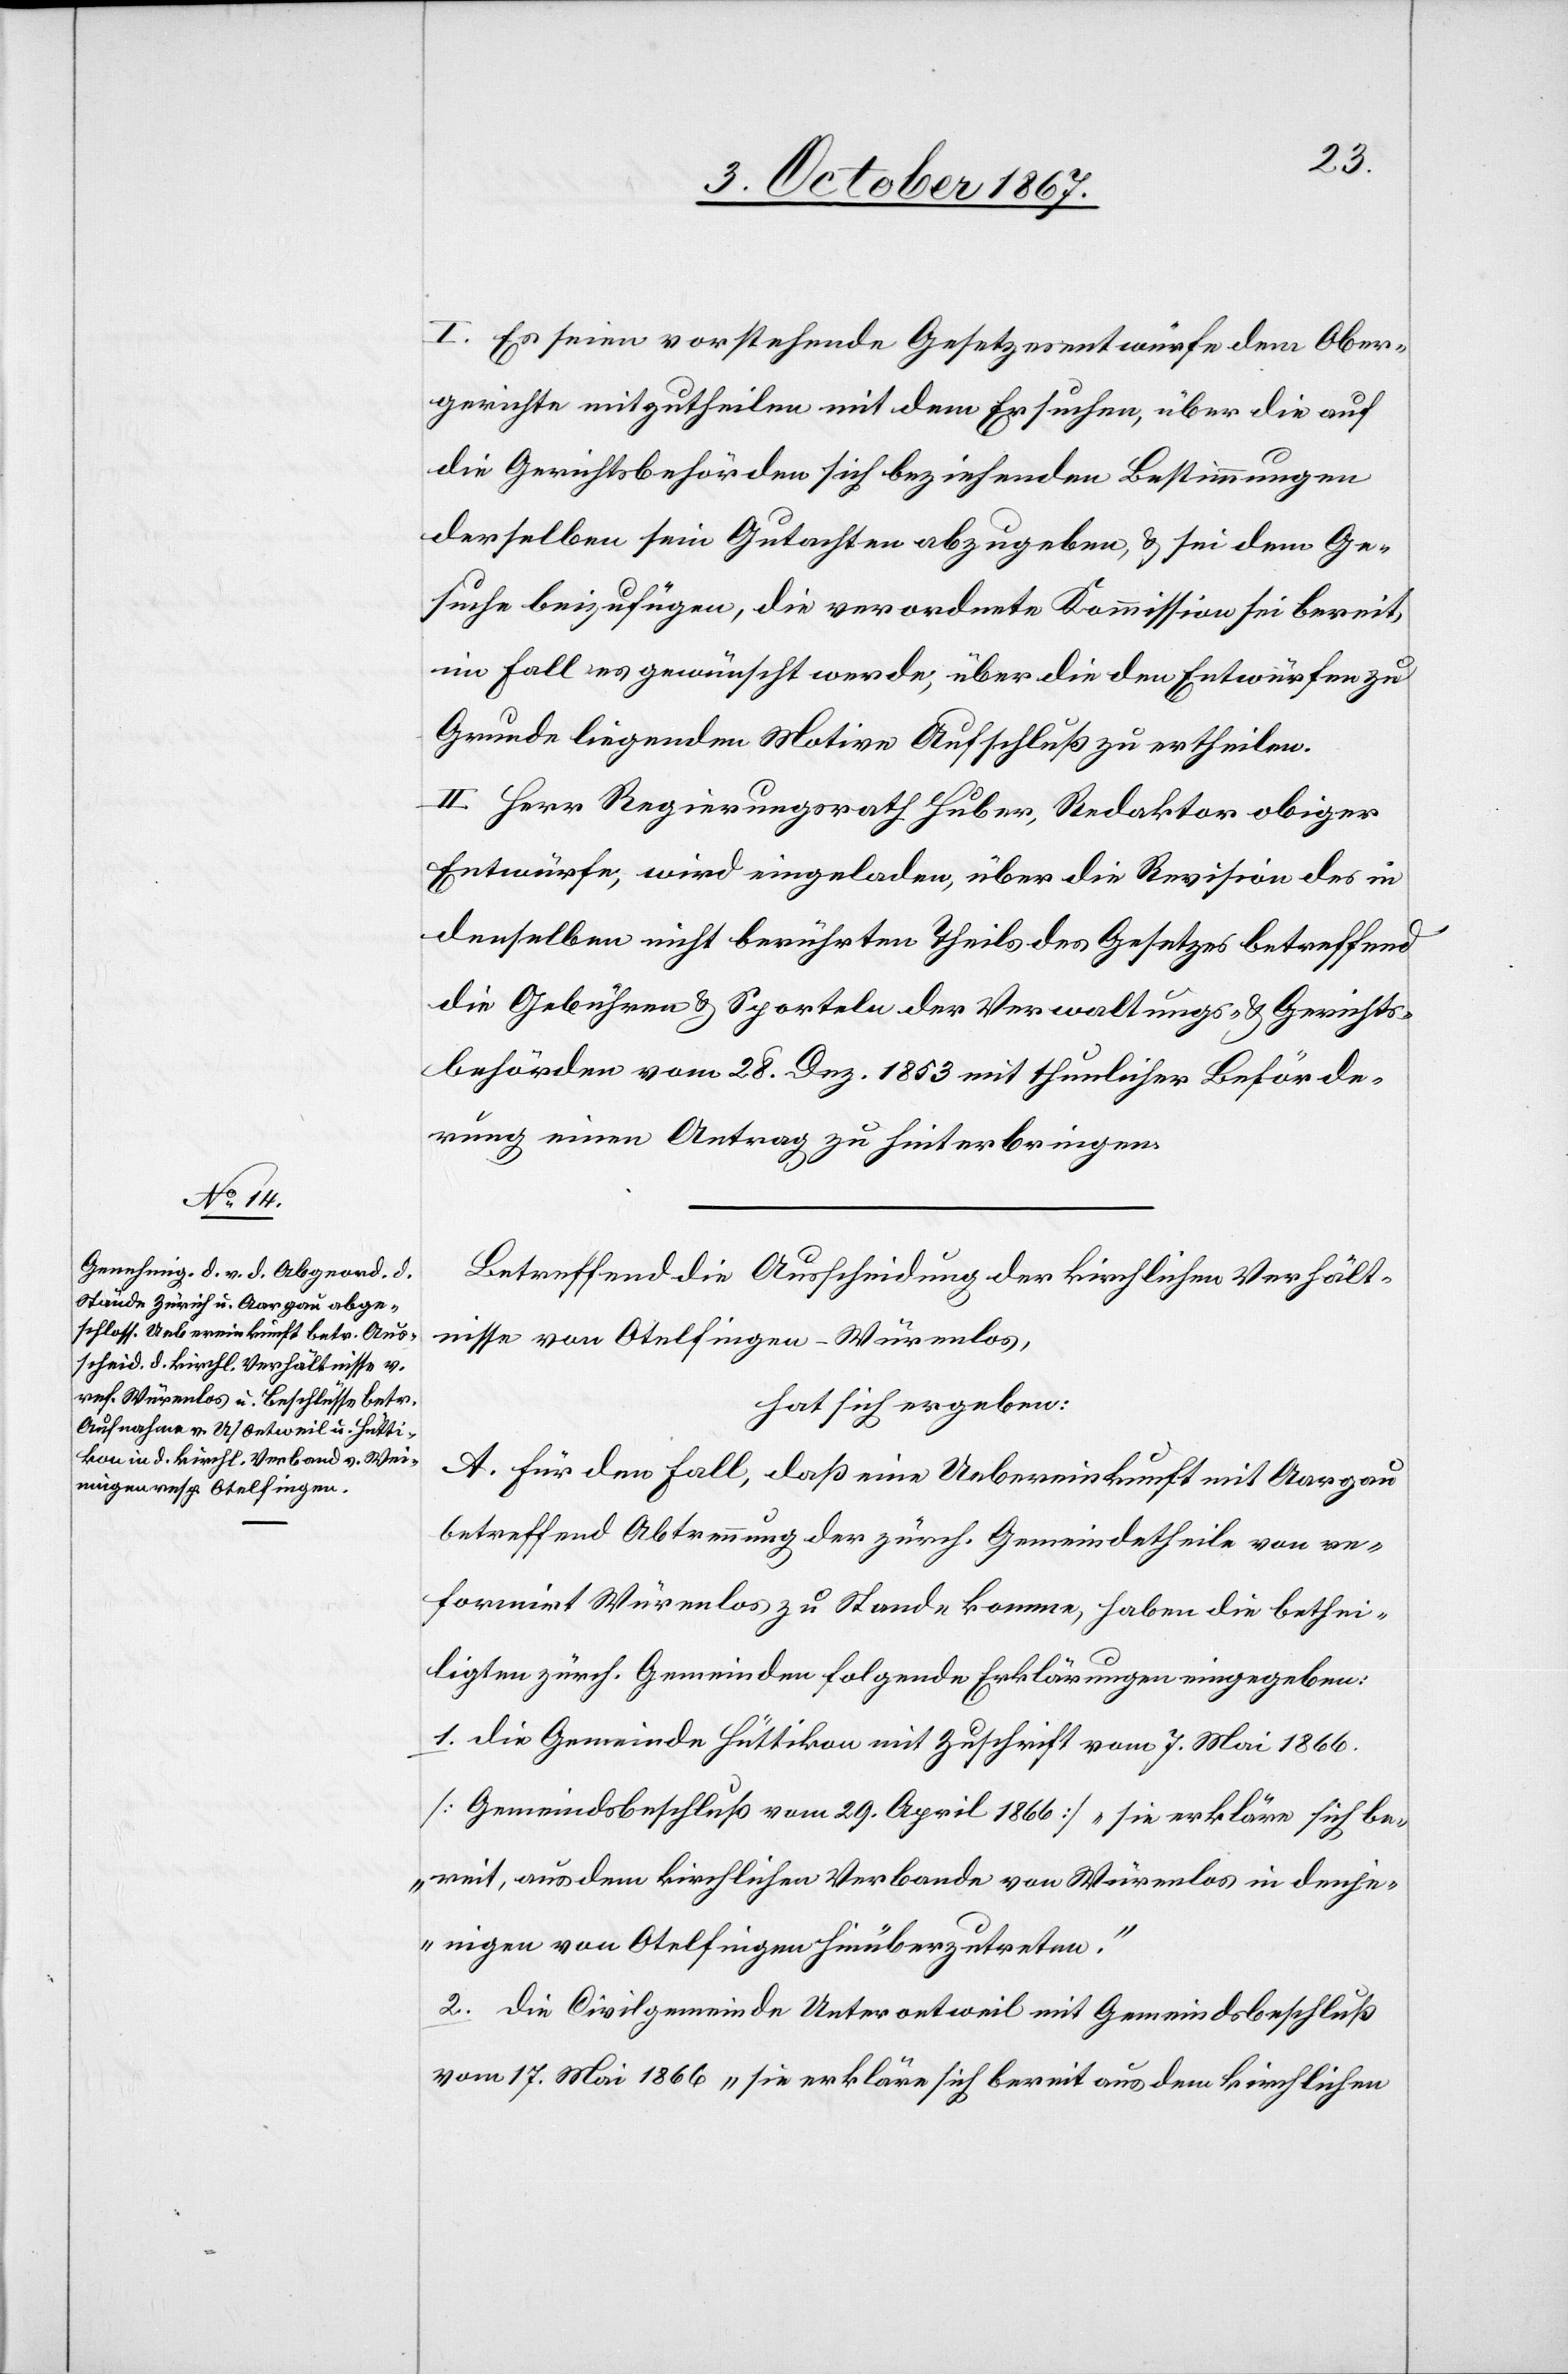
I. Es seien vorstehende Gesetzesentwürfe dem Ober¬
gerichte mitzutheilen mit dem Ersuchen, über die auf
die Gerichtsbehörden beziehenden Bestimmungen
derselben sein Gutachten abzugeben, u. sei dem Ge¬
suche beizufügen, die verordnete Kommission sei bereit,
im Fall es gewünscht werde, über die den Entwürfen zu
Grunde liegenden Motive Aufschluß zu ertheilen.
II. Herr Regierungsrath Huber, Redaktor obiger
Entwürfe, wird eingeladen, über die Revision des in
denselben nicht berührten Theils des Gesetzes betreffend
die Gebühren u. Sporteln der Verwaltungs- u. Gerichts¬
behörden vom 28. Dez. 1853 mit thunlicher Beförde¬
rung einen Antrag zu hinterbringen.
Betreffend die Ausscheidung der kirchlichen Verhält¬
nisse von Otelfingen-Würenlos,
hat sich ergeben:
A. Für den Fall, daß eine Uebereinkunft mit Aargau
betreffend Abtrennung der zürch. Gemeindetheile von re¬
formirt Würenlos zu Stande komme, haben die bethei¬
ligten zürch. Gemeinden folgende Erklärungen eingegeben:
1. die Gemeinde Hüttikon mit Zuschrift vom 7. Mai 1866.
[Gemeindsbeschluß vom 29. April 1866] „sie erkläre sich be¬
reit, aus dem kirchlichen Verbande von Würenlos in denje¬
nigen von Otelfingen hinüberzutreten.“
2. die Civilgemeinde Unteroetweil mit Gemeindsbeschluß
vom 17. Mai 1866 „sie erkläre sich bereit aus dem kirchlichen